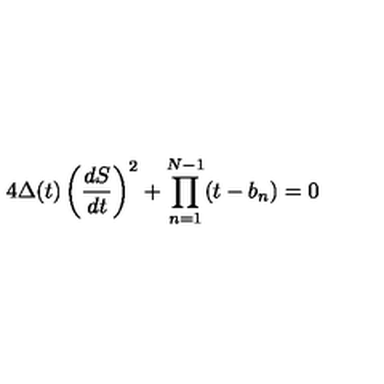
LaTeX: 4 \Delta ( t ) \left( { \frac { d S } { d t } } \right) ^ { 2 } + \prod _ { n = 1 } ^ { N - 1 } ( t - b _ { n } ) = 0